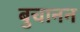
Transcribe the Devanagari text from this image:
बुचानन